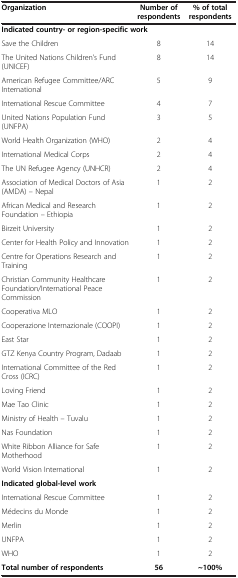
| Organization | Number of respondents | % of total respondents |
 | --- | --- | --- |
 | <COLSPAN=3> Indicated country- or region-specific work |
 | Save the Children | 8 | 14 |
 | The United Nations Children’s Fund (UNICEF) | 8 | 14 |
 | American Refugee Committee/ARC International | 5 | 9 |
 | International Rescue Committee | 4 | 7 |
 | United Nations Population Fund (UNFPA) | 3 | 5 |
 | World Health Organization (WHO) | 2 | 4 |
 | International Medical Corps | 2 | 4 |
 | The UN Refugee Agency (UNHCR) | 2 | 4 |
 | Association of Medical Doctors of Asia (AMDA) – Nepal | 1 | 2 |
 | African Medical and Research Foundation – Ethiopia | 1 | 2 |
 | Birzeit University | 1 | 2 |
 | Center for Health Policy and Innovation | 1 | 2 |
 | Centre for Operations Research and Training | 1 | 2 |
 | Christian Community Healthcare Foundation/International Peace Commission | 1 | 2 |
 | Cooperativa MLO | 1 | 2 |
 | Cooperazione Internazionale (COOPI) | 1 | 2 |
 | East Star | 1 | 2 |
 | GTZ Kenya Country Program, Dadaab | 1 | 2 |
 | International Committee of the Red Cross (ICRC) | 1 | 2 |
 | Loving Friend | 1 | 2 |
 | Mae Tao Clinic | 1 | 2 |
 | Ministry of Health – Tuvalu | 1 | 2 |
 | Nas Foundation | 1 | 2 |
 | White Ribbon Alliance for Safe Motherhood | 1 | 2 |
 | World Vision International | 1 | 2 |
 | <COLSPAN=3> Indicated global-level work |
 | International Rescue Committee | 1 | 2 |
 | Médecins du Monde | 1 | 2 |
 | Merlin | 1 | 2 |
 | UNFPA | 1 | 2 |
 | WHO | 1 | 2 |
 | Total number of respondents | 56 | ~100% |